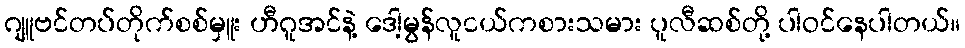
ဂျူဗင်တပ်တိုက်စစ်မှူး ဟီဂူအင်နဲ့ ဒေါ့မွန်လူငယ်ကစားသမား ပူလီဆစ်တို့ ပါဝင်နေပါတယ်။